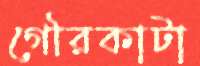
গৌরকাটা